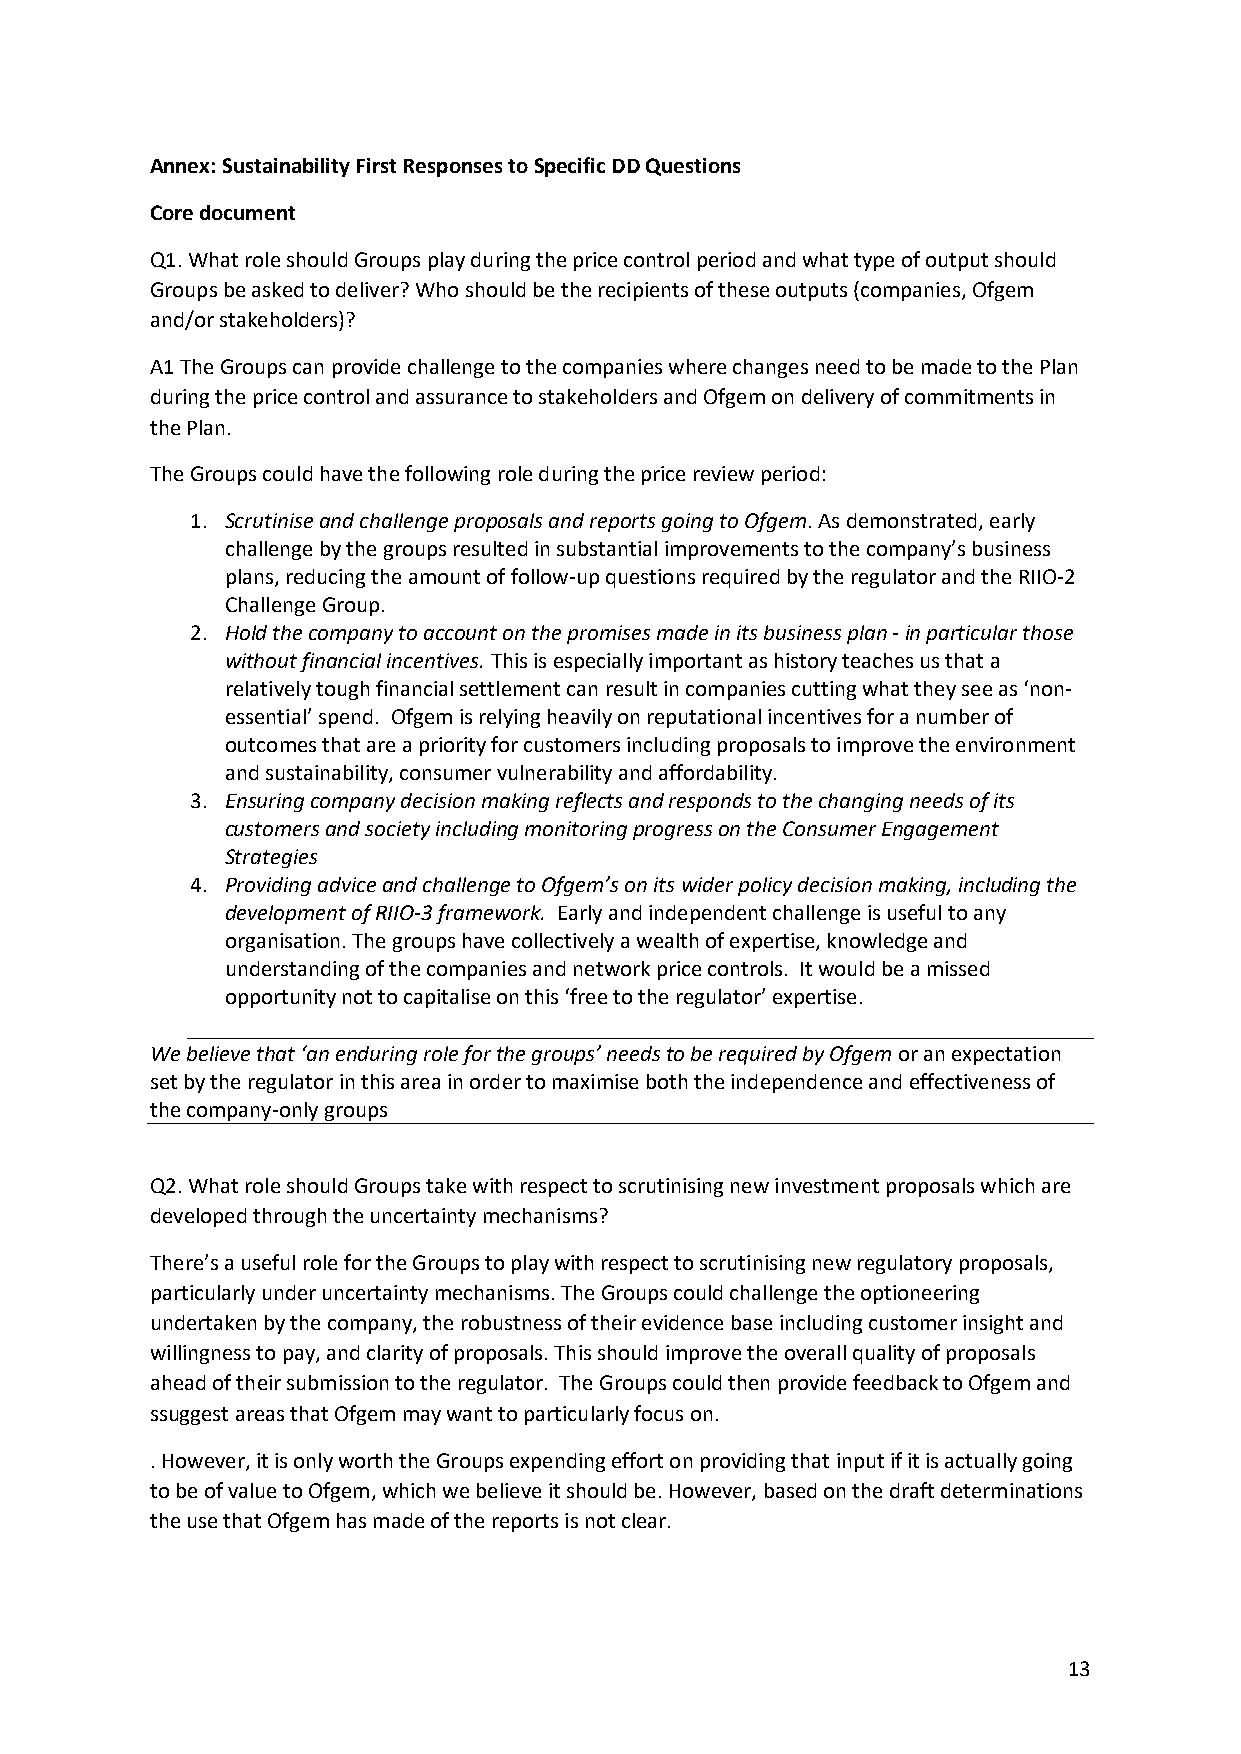
Annex: Sustainability First Responses to Specific DD Questions
 Core document
 Q1. What role should Groups play during the price control period and what type of output should
 Groups be asked to deliver? Who should be the recipients of these outputs (companies, Ofgem
 and/or stakeholders)?
 A1 The Groups can provide challenge to the companies where changes need to be made to the Plan
 during the price control and assurance to stakeholders and Ofgem on delivery of commitments in
 the Plan.
 The Groups could have the following role during the price review period:
 1. Scrutinise and challenge proposals and reports going to Ofgem. As demonstrated, early
 challenge by the groups resulted in substantial improvements to the company’s business
 plans, reducing the amount of follow-up questions required by the regulator and the RIIO-2
 Challenge Group.
 2. Hold the company to account on the promises made in its business plan - in particular those
 without financial incentives. This is especially important as history teaches us that a
 relatively tough financial settlement can result in companies cutting what they see as ‘non-
 essential’ spend. Ofgem is relying heavily on reputational incentives for a number of
 outcomes that are a priority for customers including proposals to improve the environment
 and sustainability, consumer vulnerability and affordability.
 3. Ensuring company decision making reflects and responds to the changing needs of its
 customers and society including monitoring progress on the Consumer Engagement
 Strategies
 4. Providing advice and challenge to Ofgem’s on its wider policy decision making, including the
 development of RIIO-3 framework. Early and independent challenge is useful to any
 organisation. The groups have collectively a wealth of expertise, knowledge and
 understanding of the companies and network price controls. It would be a missed
 opportunity not to capitalise on this ‘free to the regulator’ expertise.
 We believe that ‘an enduring role for the groups’ needs to be required by Ofgem or an expectation
 set by the regulator in this area in order to maximise both the independence and effectiveness of
 the company-only groups
 Q2. What role should Groups take with respect to scrutinising new investment proposals which are
 developed through the uncertainty mechanisms?
 There’s a useful role for the Groups to play with respect to scrutinising new regulatory proposals,
 particularly under uncertainty mechanisms. The Groups could challenge the optioneering
 undertaken by the company, the robustness of their evidence base including customer insight and
 willingness to pay, and clarity of proposals. This should improve the overall quality of proposals
 ahead of their submission to the regulator. The Groups could then provide feedback to Ofgem and
 ssuggest areas that Ofgem may want to particularly focus on.
 . However, it is only worth the Groups expending effort on providing that input if it is actually going
 to be of value to Ofgem, which we believe it should be. However, based on the draft determinations
 the use that Ofgem has made of the reports is not clear.
 13